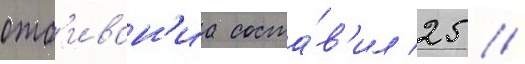
отб'иван'иа соста́в'ил 25 /